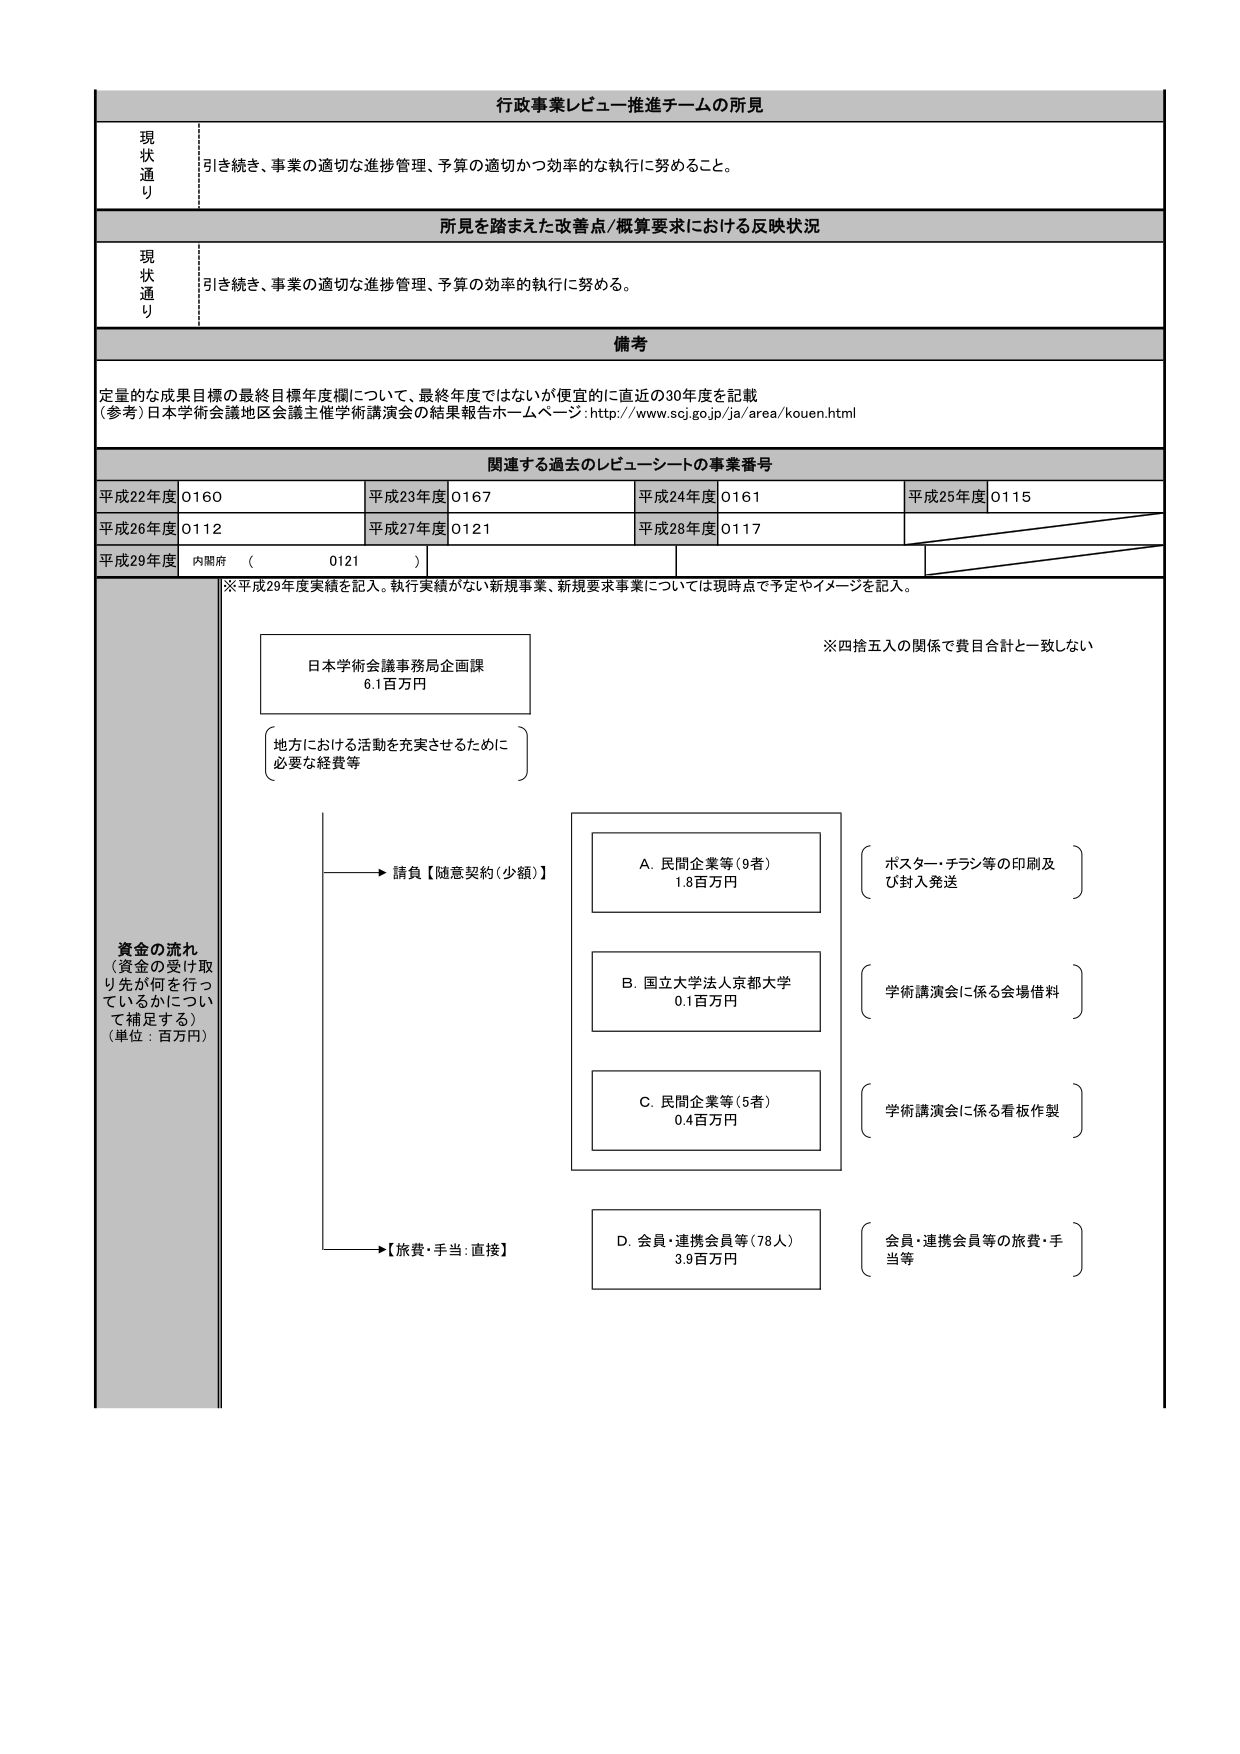
行政事業レビュー推進チームの所見

現状通り
引き続き、事業の適切な進捗管理、予算の適切かつ効率的な執行に努めること。

所見を踏まえた改善点／概算要求における反映状況

現状通り
引き続き、事業の適切な進捗管理、予算の効率的執行に努める。

備考
定量的な成果目標の最終目標年度欄について、最終年度ではないが便宜的に直近の30年度を記載
（参考）日本学術会議地区会議主催学術講演会の結果報告ホームページ：http://www.scj.go.jp/ja/area/kouen.html

関連する過去のレビューシートの事業番号
平成22年度 0160
平成23年度 0167
平成24年度 0161
平成25年度 0115
平成26年度 0112
平成27年度 0121
平成28年度 0117
平成29年度 内閣府 （ 0121 ）

※平成29年度実績を記入。執行実績がない新規事業、新規要求事業については現時点で予定やイメージを記入。

資金の流れ
（資金の受け取り先が何を行っているかについて補足する）
（単位：百万円）

日本学術会議事務局企画課
6.1百万円
（地方における活動を充実させるために必要な経費等）

→ 請負【随意契約（少額）】
A. 民間企業等（9者）
1.8百万円
（ポスター・チラシ等の印刷及び封入発送）

B. 国立大学法人京都大学
0.1百万円
（学術講演会に係る会場借料）

C. 民間企業等（5者）
0.4百万円
（学術講演会に係る看板作製）

→【旅費・手当：直接】
D. 会員・連携会員等（78人）
3.9百万円
（会員・連携会員等の旅費・手当等）

※四捨五入の関係で費目合計と一致しない